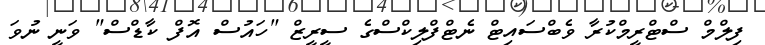
ފިލްމް ސްޓްރީމްކުރާ ވެބްސައިޓް ނެޓްފްލިކްސްގެ ސީރީޒް "ހައުސް އޮފް ކާޑްސް" ވަނީ ނުވަ